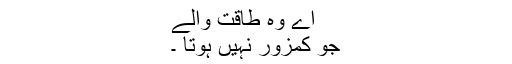
اے وہ طاقت والے
جو کمزور نہیں ہوتا ۔